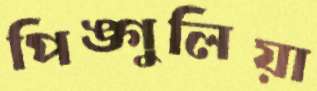
পিঙ্গুলিয়া